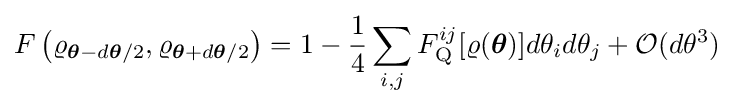
F\left(\varrho _{{\boldsymbol {\theta }}-d{\boldsymbol {\theta }}/2},\varrho _{{\boldsymbol {\theta }}+d{\boldsymbol {\theta }}/2}\right)=1-{\frac {1}{4}}\sum _{i,j}F_{\rm {Q}}^{ij}[\varrho ({\boldsymbol {\theta }})]d\theta _{i}d\theta _{j}+{\mathcal {O}}(d\theta ^{3})